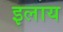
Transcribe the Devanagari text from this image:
इलाय